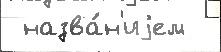
 назва́н'иjем